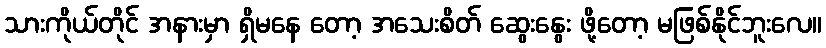
သားကိုယ်တိုင် အနားမှာ ရှိမနေ တော့ အသေးစိတ် ဆွေးနွေး ဖို့တော့ မဖြစ်နိုင်ဘူးလေ။